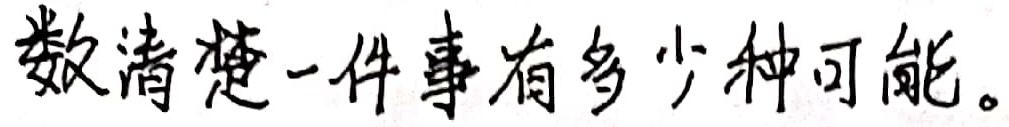
数清楚一件事有多少种可能。